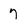
Character: 7